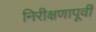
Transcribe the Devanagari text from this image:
निरीक्षणापूर्वी